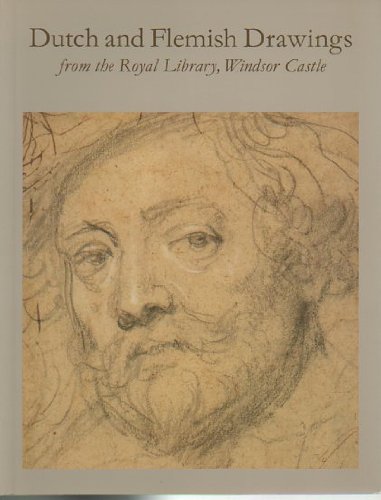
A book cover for Dutch and Flemish Drawings from the Royal Library, Windsor Castle: An Exhibition at the North Carolina Museum of Art, the Montreal Museum of Fine Arts and the Indianapolis Museum of Art; Christopher White; History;